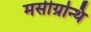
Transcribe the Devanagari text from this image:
मसीग्रन्थि